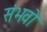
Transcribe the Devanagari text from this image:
संभवो